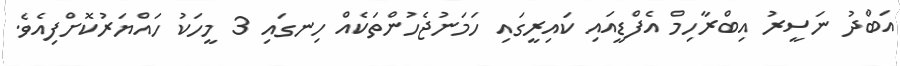
އަބްދު ނަސީރު އިބްރާހިމް އެފްޑީއައި ކައިރީގައި ހަމަނުޖެހުންތަކެއް ހިނގައި 3 މީހަކު ހައްޔަރުކޮށްފިއެވެ.